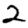
Digit: 2